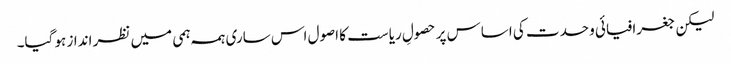
لیکن جغرافیائی وحدت کی اساس پر حصولِ ریاست کا اصول اس ساری ہمہ ہمی میں نظر انداز ہو گیا۔